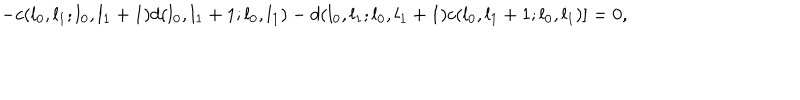
- c ( l _ { 0 } , l _ { 1 } ; l _ { 0 } , l _ { 1 } + 1 ) d ( l _ { 0 } , l _ { 1 } + 1 ; l _ { 0 } , l _ { 1 } ) - d ( l _ { 0 } , l _ { 1 } ; l _ { 0 } , l _ { 1 } + 1 ) c ( l _ { 0 } , l _ { 1 } + 1 ; l _ { 0 } , l _ { 1 } ) ] = 0 ,